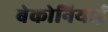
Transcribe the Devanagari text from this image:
बेकोनियाई